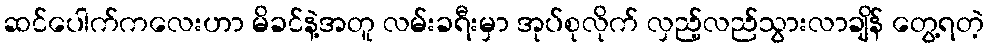
ဆင်ပေါက်ကလေးဟာ မိခင်နဲ့အတူ လမ်းခရီးမှာ အုပ်စုလိုက် လှည့်လည်သွားလာချိန် တွေ့ရတဲ့